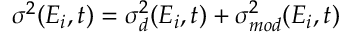
\sigma ^ { 2 } ( E _ { i } , t ) = \sigma _ { d } ^ { 2 } ( E _ { i } , t ) + \sigma _ { m o d } ^ { 2 } ( E _ { i } , t )